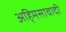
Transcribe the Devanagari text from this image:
अहि्मसावादी